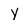
Character: y